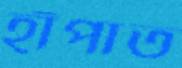
হাঁপাত